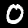
Digit: 0